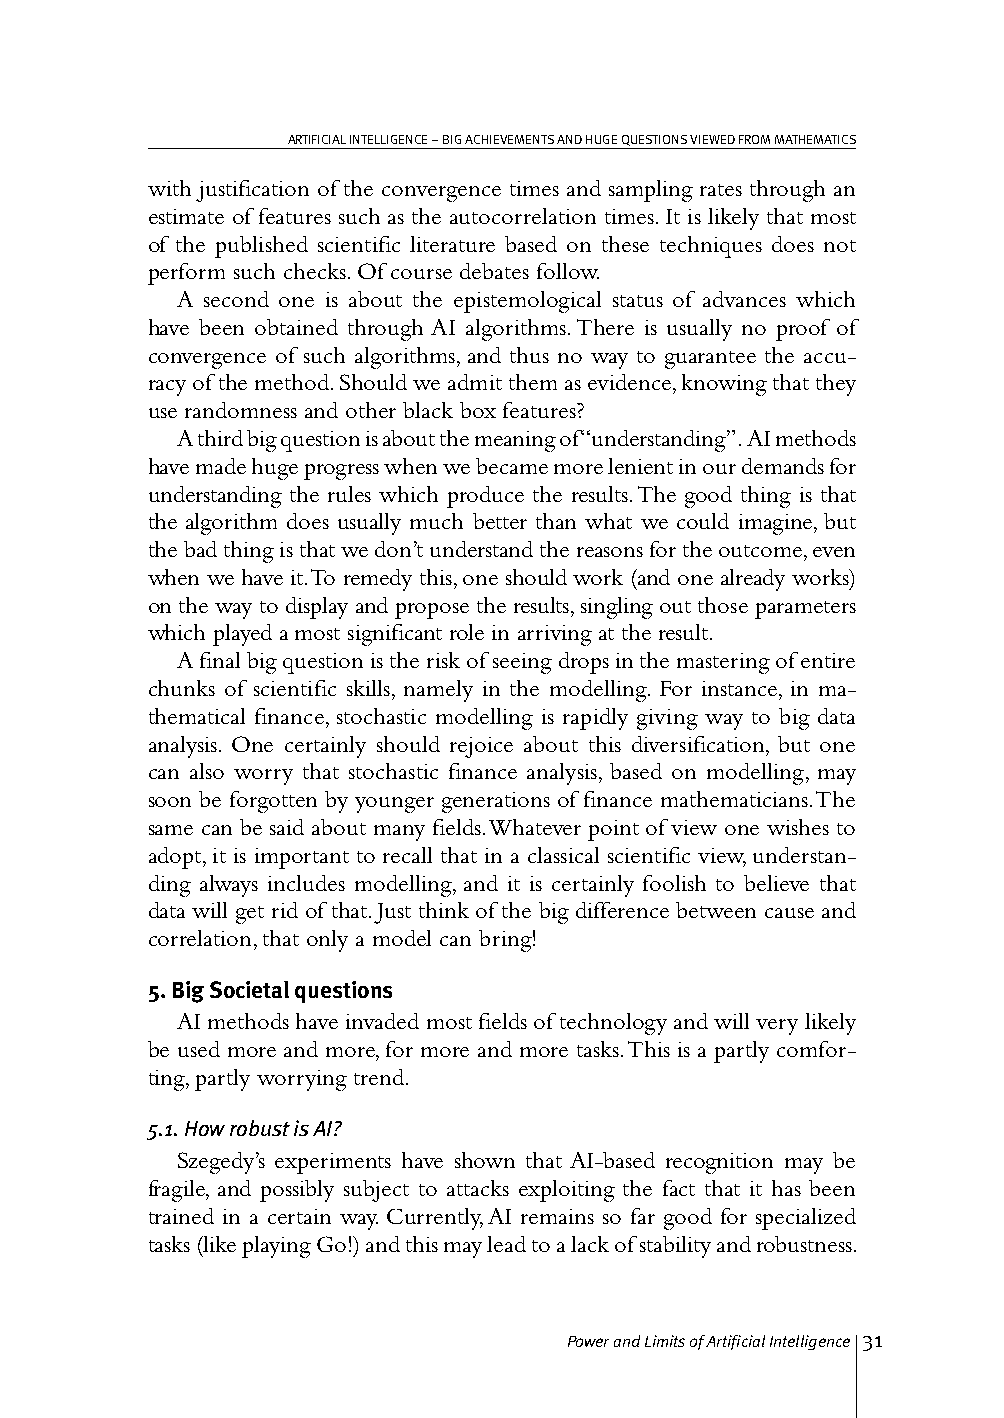
ARTIFICIAL INTELLIGENCE – BIG ACHIEVEMENTS AND HUGE QUESTIONS VIEWED FROM MATHEMATICS
 with justification of the convergence times and sampling rates through an
 estimate of features such as the autocorrelation times. It is likely that most
 of the published scientific literature based on these techniques does not
 perform such checks. Of course debates follow.
 A second one is about the epistemological status of advances which
 have been obtained through AI algorithms. There is usually no proof of
 convergence of such algorithms, and thus no way to guarantee the accu-
 racy of the method. Should we admit them as evidence, knowing that they
 use randomness and other black box features?
 A third big question is about the meaning of “understanding”. AI methods
 have made huge progress when we became more lenient in our demands for
 understanding the rules which produce the results. The good thing is that
 the algorithm does usually much better than what we could imagine, but
 the bad thing is that we don’t understand the reasons for the outcome, even
 when we have it. To remedy this, one should work (and one already works)
 on the way to display and propose the results, singling out those parameters
 which played a most significant role in arriving at the result.
 A final big question is the risk of seeing drops in the mastering of entire
 chunks of scientific skills, namely in the modelling. For instance, in ma-
 thematical finance, stochastic modelling is rapidly giving way to big data
 analysis. One certainly should rejoice about this diversification, but one
 can also worry that stochastic finance analysis, based on modelling, may
 soon be forgotten by younger generations of finance mathematicians. The
 same can be said about many fields. Whatever point of view one wishes to
 adopt, it is important to recall that in a classical scientific view, understan-
 ding always includes modelling, and it is certainly foolish to believe that
 data will get rid of that. Just think of the big difference between cause and
 correlation, that only a model can bring!
 5. Big Societal questions
 AI methods have invaded most fields of technology and will very likely
 be used more and more, for more and more tasks. This is a partly comfor-
 ting, partly worrying trend.
 5.1. How robust is AI?
 Szegedy’s experiments have shown that AI-based recognition may be
 fragile, and possibly subject to attacks exploiting the fact that it has been
 trained in a certain way. Currently, AI remains so far good for specialized
 tasks (like playing Go!) and this may lead to a lack of stability and robustness.
 Power and Limits of Artificial Intelligence 31